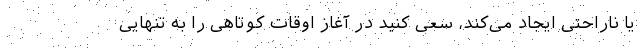
یا ناراحتی ایجاد می‌کند، سعی کنید در آغاز اوقات کوتاهی را به تنهایی